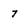
Character: 7